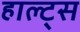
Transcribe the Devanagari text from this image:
हाल्ट्स